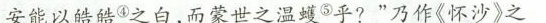
安能以皓皓④之白，而蒙世之温蠖⑤乎?”乃作《怀沙》之